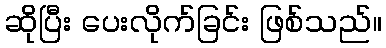
ဆိုပြီး ပေးလိုက်ခြင်း ဖြစ်သည်။